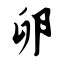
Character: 卵